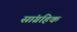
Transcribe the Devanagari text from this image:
सांग्रहिक